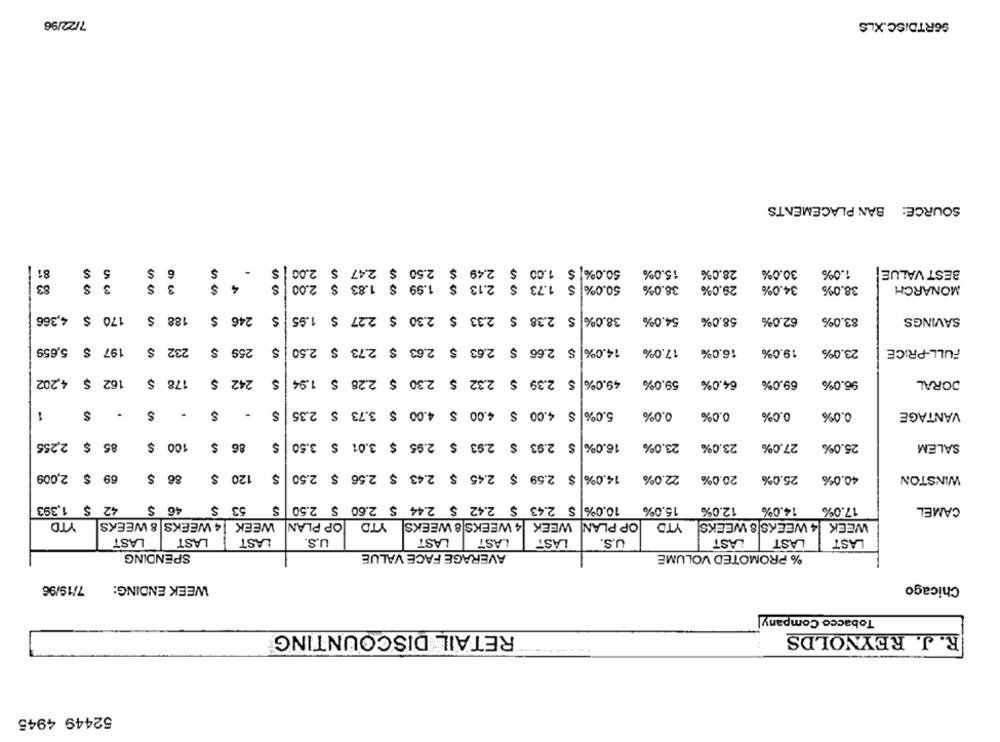
7/22/96
SORTDISC.XLS
SOURCE: BAN PLACEMENTS
81
$
5
-
50.0% $ 1.00 $ 2.49 $ 2.50 $ 2.47 $ 2.00
15.0%
28.0%
30.0%
1.0%
BEST VALUE
83
3 8
3 $
$
4
S
50.0% $ 1.73 $ 2.13 $ 1.99 $ 1.83 $ 2.00
38.0%
29.0%
34.0%
38.0%
MONARCH
170 $ 4,366
$
188 $
$
246
$ 2.38 $ 2.33 $ 2.30 $ 2.27 $ 1.95
38.0%
54.0%
58.0%
62.0%
83.0%
SAVINGS
$ 5,659
197
232 S
259 $
14.0%| $ 2.66 $ 2.63 $ 2.63 $ 2.73 $ 2.50
17.0%
16.0%
19.0%
23.0%
FULL-PRICE
S
162 $ 4,202
242
$ 2.39 $ 2.32 $ 2.30 $ 2.28 $ 1.94
49.0%
178
$
$
59.0%
64.0%
69.0%
96.0%
DORAL
1
$
.
$
$
5.0% $ 4.00 $ 4.00 $ 4.00 $ 3.73 $ 2.35
0.0%
0.0%
0.0%
0.0%
VANTAGE
85 $ 2,255
100 $
86 $
$ 2.93 $ 2.93 $ 2.95 $ 3.01 $ 3.50
16.0%
23.0%
23.0%
27.0%
25.0%
SALEM
69 $ 2,009
86 $
120 $
$
$ 2.59 $ 2.45 $ 2.43 $ 2.56 $ 2.50
14.0%
22.0%
20.0%
25.0%
40.0%
WINSTON
46 $
10.0% $ 2.43 $ 2.42 $ 2.44 $ 2.60 $ 2.50
42 $ 1,393
53 $
15.0%
12.0%
14.0%
17.0%
CAMEL
YTD
4 WEEKS 8 WEEKS
WEEK
OP PLAN
YTD
4 WEEKS 8 WEEKS
WEEK
OP PLAN
YTD
WEEK 4 WEEKS 8 WEEKS
LAST
LAST
LAST
U.S.
LAST
LAST
LAST
U.S.
LAST
LAST
LAST
SPENDING
AVERAGE FACE VALUE
% PROMOTED VOLUME
7/19/96
WEEK ENDING:
Chicago
Tobacco Company
RETAIL DISCOUNTING
R. J. REYNOLDS
52449 4945